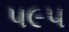
૫૯૫